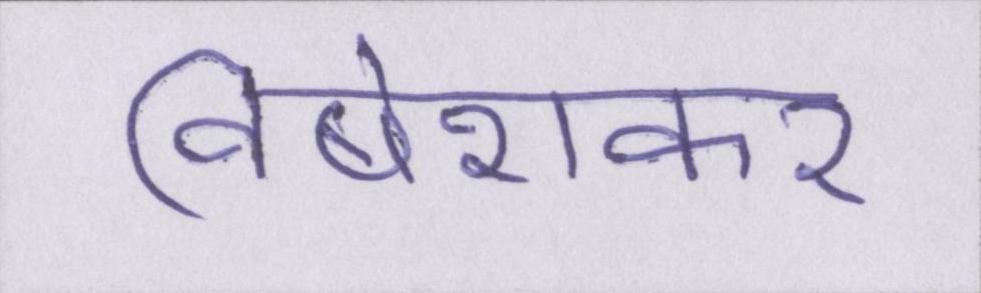
विषेशकर